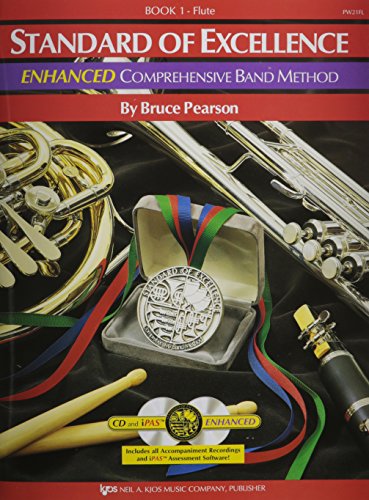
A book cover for PW21FL - Standard of Excellence Enhanced Book 1 Flute; By Bruce Pearson; Arts & Photography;